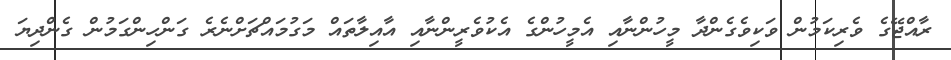
ރާއްޖޭގެ ވެރިކަމުން ވަކިވެގެންދާ މީހުންނާއި އެމީހުންގެ އެކުވެރީންނާއި އާއިލާތައް މަގުމައްޗަށްނެރެ ގަންހިންގަމުން ގެންދިޔަ